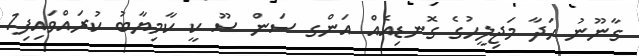
ގާނޫނު ހަދާ މަޖިލީހުގެ ގޮނޑިއެއް އަންގ ސަން ސޫ ކީ ކާމިޔާބު ކުރައްވައިފި1